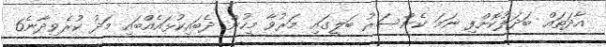
އާދަތައް ބަދަލުކޮށްފި ނަމަ ކެންސަރު ބަލީގައި މަރުވާ މީހުން ދެބައިކުޅައެއްބައި މަދު ކުރެވިދާނެ6